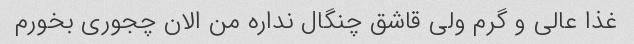
غذا عالی و گرم ولی قاشق چنگال نداره من الان چجوری بخورم